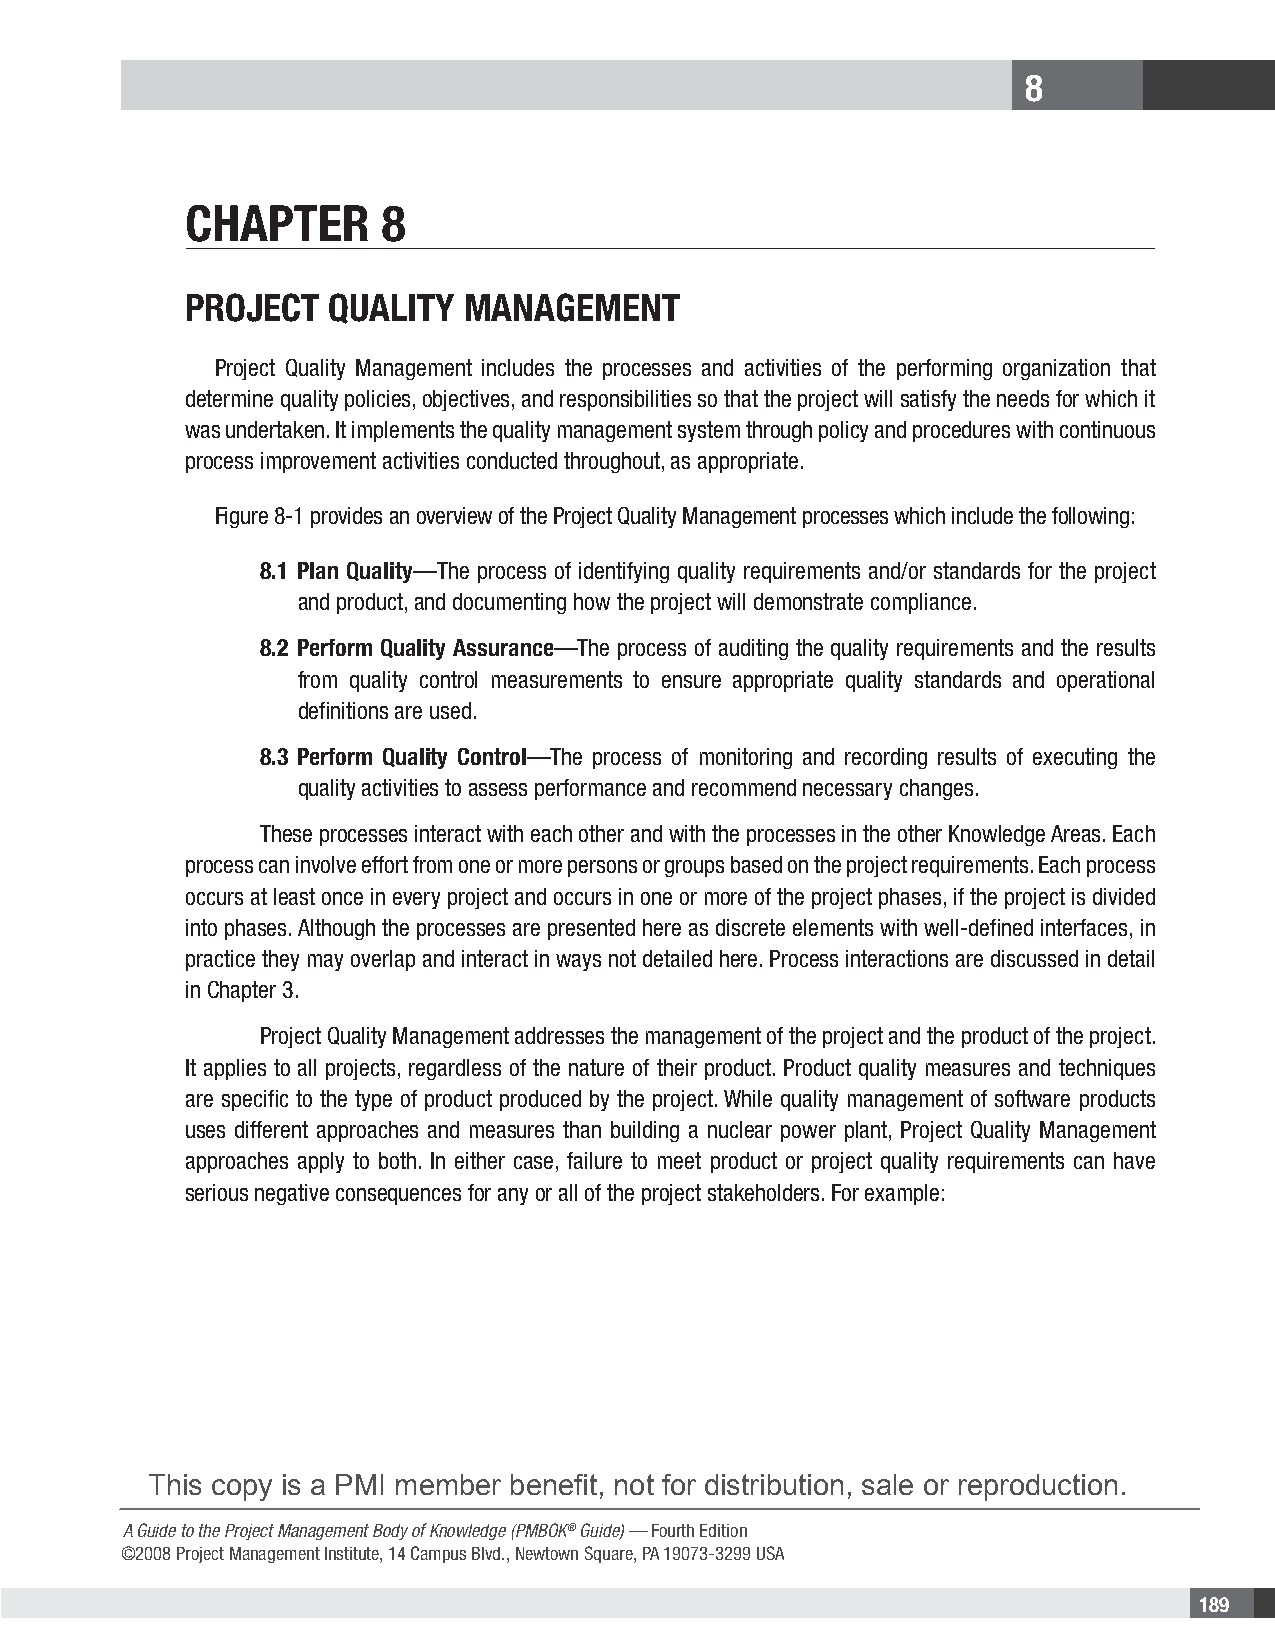
8
 CHAPTER      8
 PRojECT   QuAliTy  MAnAgEMEnT
 Project Quality Management includes the processes and activities of the performing organization that
 determine quality policies, objectives, and responsibilities so that the project will satisfy the needs for which it
 was undertaken. It implements the quality management system through policy and procedures with continuous
 process improvement activities conducted throughout, as appropriate.
 Figure 8-1 provides an overview of the Project Quality Management processes which include the following:
 8.1 Plan Quality—The process of identifying quality requirements and/or standards for the project
 and product, and documenting how the project will demonstrate compliance.
 8.2 Perform Quality Assurance—The process of auditing the quality requirements and the results
 from quality control measurements to ensure appropriate quality standards and operational
 definitions are used.
 8.3 Perform Quality Control—The process of monitoring and recording results of executing the
 quality activities to assess performance and recommend necessary changes.
 These processes interact with each other and with the processes in the other Knowledge Areas. Each
 process can involve effort from one or more persons or groups based on the project requirements. Each process
 occurs at least once in every project and occurs in one or more of the project phases, if the project is divided
 into phases. Although the processes are presented here as discrete elements with well-defined interfaces, in
 practice they may overlap and interact in ways not detailed here. Process interactions are discussed in detail
 in Chapter 3.
 Project Quality Management addresses the management of the project and the product of the project.
 It applies to all projects, regardless of the nature of their product. Product quality measures and techniques
 are specific to the type of product produced by the project. While quality management of software products
 uses different approaches and measures than building a nuclear power plant, Project Quality Management
 approaches apply to both. In either case, failure to meet product or project quality requirements can have
 serious negative consequences for any or all of the project stakeholders. For example:
 This copy is a PMI member benefit, not for distribution, sale or reproduction.
 A Guide to the Project Management Body of Knowledge (PMBOK® Guide) — Fourth Edition
 ©2008 Project Management Institute, 14 Campus Blvd., Newtown Square, PA 19073-3299 USA
 189